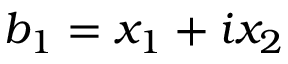
b _ { 1 } = x _ { 1 } + i x _ { 2 }